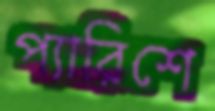
প্যারিশে